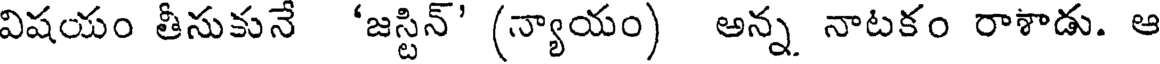
విషయం తీసుకునే 'జస్టిన్' (న్యాయం) అన్న నాటకం రాశాడు. ఆ